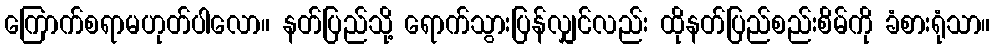
ကြောက်စရာမဟုတ်ပါလော။ နတ်ပြည်သို့ ရောက်သွားပြန်လျှင်လည်း ထိုနတ်ပြည်စည်းစိမ်ကို ခံစားရုံသာ။